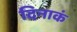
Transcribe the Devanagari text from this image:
दिनाकं